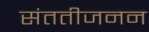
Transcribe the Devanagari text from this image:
संततीजनन